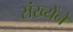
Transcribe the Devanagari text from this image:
संख्येंने